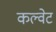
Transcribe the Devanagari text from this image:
कल्वेट